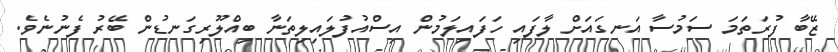
ޒޭބާ ފުރަތަމަ ސަމުސާ އަނގައަށް ލާފައި ހަފައިލަމުން އިސްއުފުލައިލިތަނާ ބިއްލޫރިގަނޑުން ބޭރު ފެނުނެވެ.